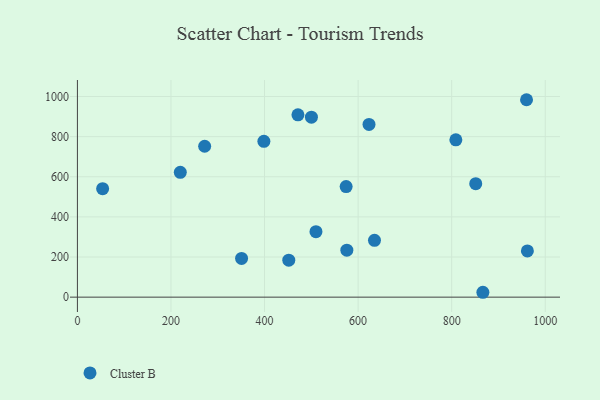
{"axis": {"x": "Study Hours", "y": "Fuel Efficiency"}, "legend": ["Cluster B"], "data": [{"x": "961.8", "y": 230.5, "type": "Cluster B"}, {"x": "866.7", "y": 24.3, "type": "Cluster B"}, {"x": "350.9", "y": 192.9, "type": "Cluster B"}, {"x": "574.4", "y": 551.2, "type": "Cluster B"}, {"x": "272.0", "y": 752.0, "type": "Cluster B"}, {"x": "575.9", "y": 234.0, "type": "Cluster B"}, {"x": "219.9", "y": 622.1, "type": "Cluster B"}, {"x": "623.3", "y": 861.0, "type": "Cluster B"}, {"x": "471.4", "y": 908.5, "type": "Cluster B"}, {"x": "635.0", "y": 283.4, "type": "Cluster B"}, {"x": "398.6", "y": 776.8, "type": "Cluster B"}, {"x": "509.9", "y": 326.1, "type": "Cluster B"}, {"x": "451.8", "y": 184.4, "type": "Cluster B"}, {"x": "500.2", "y": 896.9, "type": "Cluster B"}, {"x": "960.0", "y": 983.9, "type": "Cluster B"}, {"x": "851.4", "y": 565.3, "type": "Cluster B"}, {"x": "808.9", "y": 784.3, "type": "Cluster B"}, {"x": "53.9", "y": 540.6, "type": "Cluster B"}]}